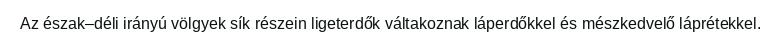
Az észak–déli irányú völgyek sík részein ligeterdők váltakoznak láperdőkkel és mészkedvelő láprétekkel.